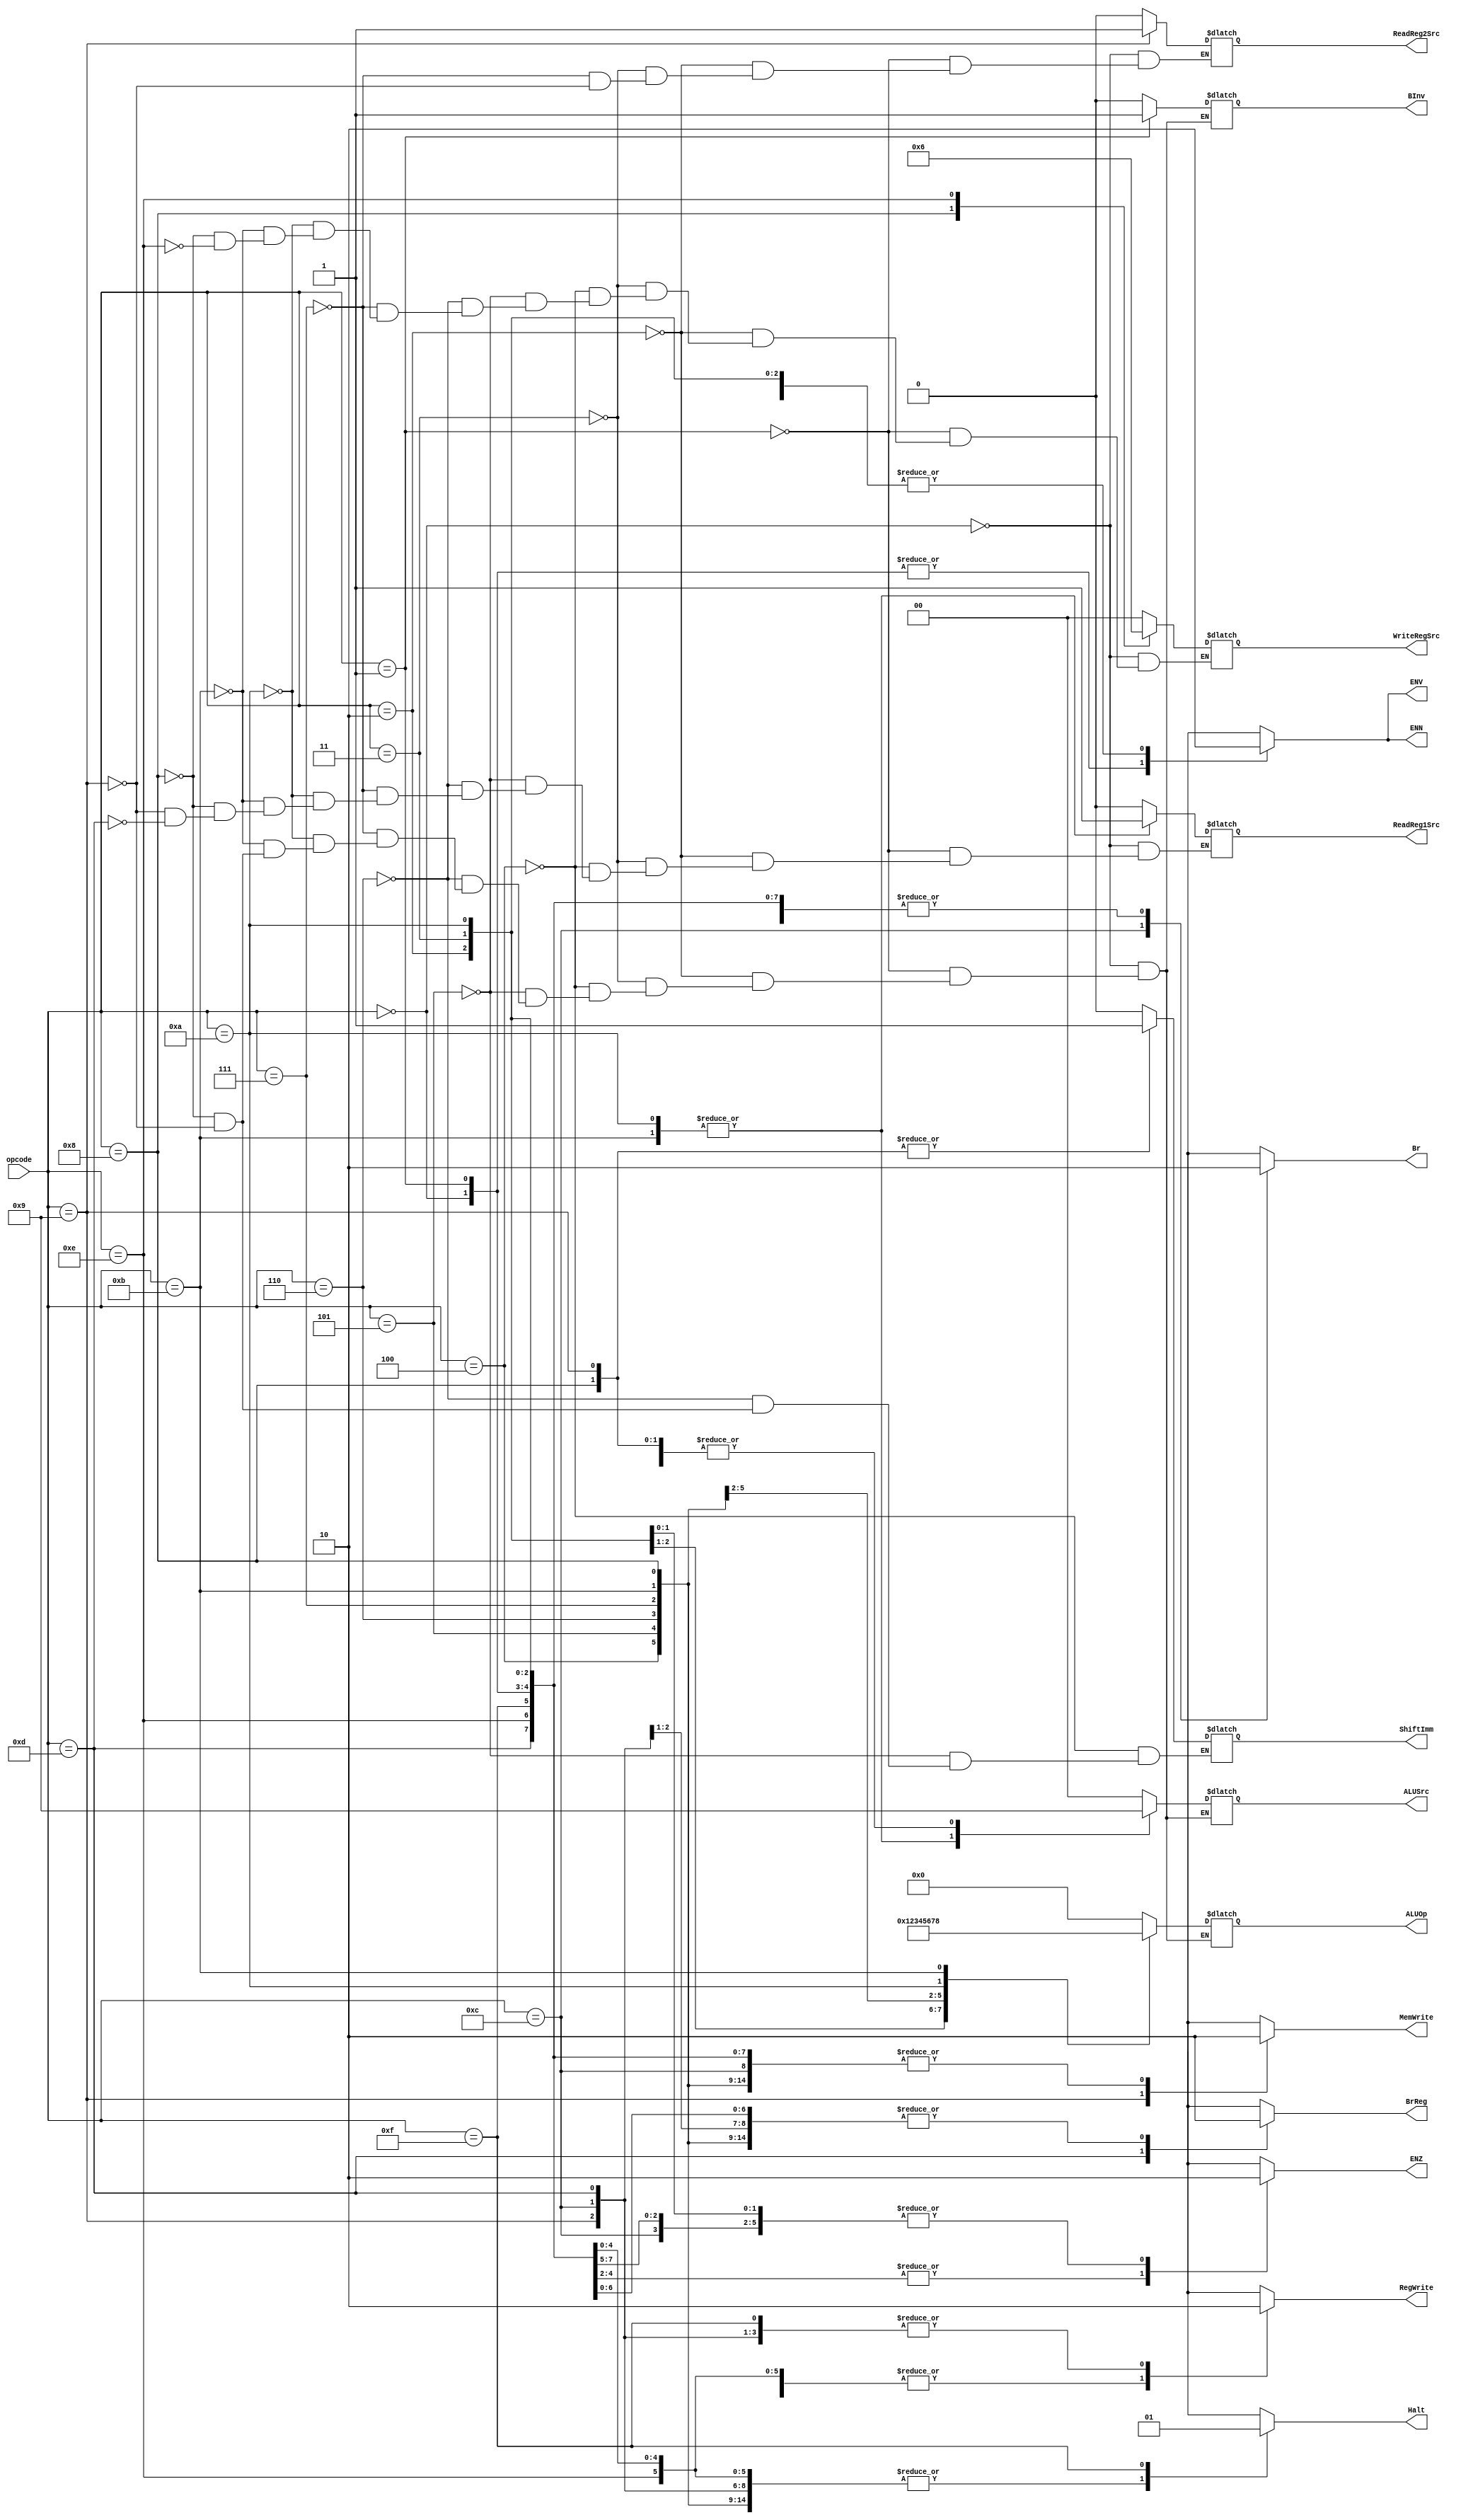
module Control(opcode, MemWrite, WriteRegSrc, RegWrite, BInv, ALUSrc, ALUOp, ShiftImm, ReadReg1Src, ReadReg2Src, Halt, ENZ, ENN, ENV, Br, BrReg);
    
    input [3:0] opcode;
    output reg MemWrite, RegWrite, BInv, ShiftImm, ReadReg1Src, ReadReg2Src, Halt, ENZ, ENN, ENV, Br, BrReg;
    output reg [1:0] WriteRegSrc;
    output reg [1:0] ALUSrc;
    output reg [3:0] ALUOp;

    always @(*) begin
		case(opcode)
			4'b0000: begin //ADD
				MemWrite		<= 1'b0;
                WriteRegSrc     <= 2'b00;
                RegWrite		<= 1'b1;
                BInv            <= 1'b0;
                ALUSrc          <= 2'b00;
				ALUOp			<= 4'b0000;
                ReadReg1Src     <= 1'b0;
                ReadReg2Src     <= 1'b0;
                Halt            <= 1'b0;
                ENZ             <= 1'b1;
                ENN             <= 1'b1;
                ENV             <= 1'b1;
                Br              <= 1'b0;
                BrReg           <= 1'b0;
                // ShiftImm don't care 
			end
			4'b0001: begin // SUB
				MemWrite		<= 1'b0;
                WriteRegSrc     <= 2'b00;
                RegWrite		<= 1'b1;
                BInv            <= 1'b1;
                ALUSrc          <= 2'b00;
				ALUOp			<= 4'b0000;
                ReadReg1Src     <= 1'b0;
                ReadReg2Src     <= 1'b0;
                Halt            <= 1'b0;
                ENZ             <= 1'b1;
                ENN             <= 1'b1;
                ENV             <= 1'b1;
                Br              <= 1'b0;
                BrReg           <= 1'b0;
                // ShiftImm don't care 
			end
			4'b0010: begin // XOR
				MemWrite		<= 1'b0;
                WriteRegSrc     <= 2'b00;
                RegWrite		<= 1'b1;
                BInv            <= 1'b0;
                ALUSrc          <= 2'b00;
				ALUOp			<= 4'b0001;
                ReadReg1Src     <= 1'b0;
                ReadReg2Src     <= 1'b0;
                Halt            <= 1'b0;
                ENZ             <= 1'b1;
                ENN             <= 1'b0;
                ENV             <= 1'b0;
                Br              <= 1'b0;
                BrReg           <= 1'b0;
                // ShiftImm don't care
			end
			4'b0011: begin // RED
				MemWrite		<= 1'b0;
                WriteRegSrc     <= 2'b00;
                RegWrite		<= 1'b1;
                BInv            <= 1'b0;
                ALUSrc          <= 2'b00;
				ALUOp			<= 4'b0010;
                ReadReg1Src     <= 1'b0;
                ReadReg2Src     <= 1'b0;
                Halt            <= 1'b0;
                ENZ             <= 1'b0;
                ENN             <= 1'b0;
                ENV             <= 1'b0;
                Br              <= 1'b0;
                BrReg           <= 1'b0;
                // ShiftImm don't care	
			end
            4'b0100: begin // SLL
				MemWrite		<= 1'b0;
                WriteRegSrc     <= 2'b00;
                RegWrite		<= 1'b1;
                BInv            <= 1'b0;
                ALUSrc          <= 2'b01;
				ALUOp			<= 4'b0011;
                ShiftImm        <= 1'b0;
                ReadReg1Src     <= 1'b0;
                Halt            <= 1'b0;
                ENZ             <= 1'b0;
                ENN             <= 1'b0;
                ENV             <= 1'b0;
                Br              <= 1'b0;
                BrReg           <= 1'b0;
                // ReadReg2Src don't care   
			end
            4'b0101: begin // SRA
				MemWrite		<= 1'b0;
                WriteRegSrc     <= 2'b00;
                RegWrite		<= 1'b1;
                BInv            <= 1'b0;
                ALUSrc          <= 2'b01;
				ALUOp			<= 4'b0100;
                ShiftImm        <= 1'b0;
                ReadReg1Src     <= 1'b0;
                Halt            <= 1'b0;
                ENZ             <= 1'b0;
                ENN             <= 1'b0;
                ENV             <= 1'b0;
                Br              <= 1'b0;
                BrReg           <= 1'b0;
                // ReadReg2Src don't care 
			end
            4'b0110: begin // ROR
				MemWrite		<= 1'b0;
                WriteRegSrc     <= 2'b00;
                RegWrite		<= 1'b1;
                BInv            <= 1'b0;
                ALUSrc          <= 2'b01;
				ALUOp			<= 4'b0101;
                ShiftImm        <= 1'b0;
                ReadReg1Src     <= 1'b0;
                Halt            <= 1'b0;
                ENZ             <= 1'b0;
                ENN             <= 1'b0;
                ENV             <= 1'b0;
                Br              <= 1'b0;
                BrReg           <= 1'b0;
                // ReadReg2Src don't care 
			end
            4'b0111: begin // PADDSB
				MemWrite		<= 1'b0;
                WriteRegSrc     <= 2'b00;
                RegWrite		<= 1'b1;
                BInv            <= 1'b0;
                ALUSrc          <= 2'b00;
				ALUOp			<= 4'b0110;
                ReadReg1Src     <= 1'b0;
                ReadReg2Src     <= 1'b0;
                Halt            <= 1'b0;
                ENZ             <= 1'b0;
                ENN             <= 1'b0;
                ENV             <= 1'b0;
                Br              <= 1'b0;
                BrReg           <= 1'b0;
                // ShiftImm don't care 
			end
            4'b1010: begin // LLB
				MemWrite		<= 1'b0;
                WriteRegSrc     <= 2'b00;
                RegWrite		<= 1'b1;
                BInv            <= 1'b0;
                ALUSrc          <= 2'b10;
				ALUOp			<= 4'b0111;
                ReadReg1Src     <= 1'b1;
                Halt            <= 1'b0;
                ENZ             <= 1'b0;
                ENN             <= 1'b0;
                ENV             <= 1'b0;
                Br              <= 1'b0;
                BrReg           <= 1'b0;
                // ShiftImm don't care
                // ReadReg2Src don't care
			end
            4'b1011: begin // LHB
				MemWrite		<= 1'b0;
                WriteRegSrc     <= 2'b00;
                RegWrite		<= 1'b1;
                BInv            <= 1'b0;
                ALUSrc          <= 2'b10;
				ALUOp			<= 4'b1000;
                ReadReg1Src     <= 1'b1;
                Halt            <= 1'b0;
                ENZ             <= 1'b0;
                ENN             <= 1'b0;
                ENV             <= 1'b0;
                Br              <= 1'b0;
                BrReg           <= 1'b0;
                // ShiftImm don't care
                // ReadReg2Src don't care
			end
            4'b1000: begin // LW
				MemWrite		<= 1'b0;
                WriteRegSrc     <= 2'b01;
                RegWrite		<= 1'b1;
                BInv            <= 1'b0;
                ALUSrc          <= 2'b01;
				ALUOp			<= 4'b0000;
                ShiftImm        <= 1'b1;
                ReadReg1Src     <= 1'b0;
                Halt            <= 1'b0;
                ENZ             <= 1'b0;
                ENN             <= 1'b0;
                ENV             <= 1'b0;
                Br              <= 1'b0;
                BrReg           <= 1'b0;
                // ReadReg2Src don't care
			end
            4'b1001: begin // SW
				MemWrite		<= 1'b1;
                RegWrite		<= 1'b0;
                BInv            <= 1'b0;
                ALUSrc          <= 2'b01;
				ALUOp			<= 4'b0000;
                ShiftImm        <= 1'b1;
                ReadReg1Src     <= 1'b0;
                ReadReg2Src     <= 1'b1;
                Halt            <= 1'b0;
                ENZ             <= 1'b0;
                ENN             <= 1'b0;
                ENV             <= 1'b0;
                Br              <= 1'b0;
                BrReg           <= 1'b0;
                // WriteRegSrc don't care
			end
            4'b1100: begin // B
				MemWrite		<= 1'b0;
                RegWrite		<= 1'b0;
                Halt            <= 1'b0;
                ENZ             <= 1'b0;
                ENN             <= 1'b0;
                ENV             <= 1'b0;
                Br              <= 1'b1;
                BrReg           <= 1'b0;
                // BInv           
                // ALUSrc          
				// ALUOp			
                // ShiftImm        
                // ReadReg1Src    
                // ReadReg2Src
                // WriteRegSrc don't care
			end
            4'b1101: begin // BR
				MemWrite		<= 1'b0;
                RegWrite		<= 1'b0;
                Halt            <= 1'b0;
                ENZ             <= 1'b0;
                ENN             <= 1'b0;
                ENV             <= 1'b0;
                Br              <= 1'b0;
                BrReg           <= 1'b1;
                ReadReg1Src     <= 1'b0;
                // BInv           
                // ALUSrc          
				// ALUOp			
                // ShiftImm            
                // ReadReg2Src
                // WriteRegSrc don't care
			end
            4'b1110: begin // PCS
				MemWrite		<= 1'b0;
                RegWrite		<= 1'b1;
                Halt            <= 1'b0;
                WriteRegSrc     <= 2'b10;
                ENZ             <= 1'b0;
                ENN             <= 1'b0;
                ENV             <= 1'b0;
                Br              <= 1'b0;
                BrReg           <= 1'b0;
                // BInv            
                // ALUSrc          
				// ALUOp			
                // ShiftImm       
                // ReadReg1Src    
                // ReadReg2Src  
                // don't care
			end
            4'b1111: begin // HLT
				MemWrite		<= 1'b0;
                RegWrite		<= 1'b0;
                Halt            <= 1'b1;
                ENZ             <= 1'b0;
                ENN             <= 1'b0;
                ENV             <= 1'b0;
                Br              <= 1'b0;
                BrReg           <= 1'b0;
                // BInv            
                // ALUSrc          
				// ALUOp			
                // ShiftImm       
                // ReadReg1Src    
                // ReadReg2Src  
                // WriteRegSrc don't care
			end
            default: begin
            MemWrite        <= 1'b0;
            WriteRegSrc     <= 2'b00;
            RegWrite        <= 1'b0;
            BInv            <= 1'b0;
            ALUSrc          <= 2'b00;
            ALUOp           <= 4'b0000;
            ShiftImm        <= 1'b0;
            ReadReg1Src     <= 1'b0;
	        ReadReg2Src     <= 1'b0;
            Halt            <= 1'b0;
            ENZ             <= 1'b0;
            ENN             <= 1'b0;
            ENV             <= 1'b0;
            Br              <= 1'b0;
            BrReg           <= 1'b0;
        end
		endcase
	end

endmodule